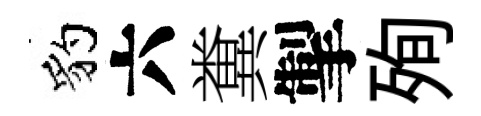
豹六糞掣殉